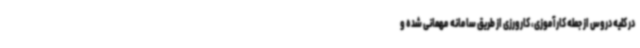
در کلیه دروس از جمله کارآموزی، کارورزی از طریق سامانه مهمانی شده و